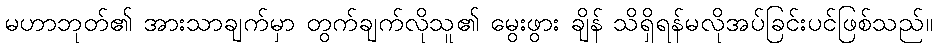
မဟာဘုတ်၏ အားသာချက်မှာ တွက်ချက်လိုသူ၏ မွေးဖွား ချိန် သိရှိရန်မလိုအပ်ခြင်းပင်ဖြစ်သည်။